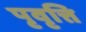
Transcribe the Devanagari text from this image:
पृवृत्ति